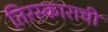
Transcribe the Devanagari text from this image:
तिरस्काराची